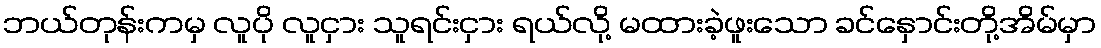
ဘယ်တုန်းကမှ လူပို လူငှား သူရင်းငှား ရယ်လို့ မထားခဲ့ဖူးသော ခင်နှောင်းတို့အိမ်မှာ